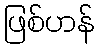
ဖြစ်ဟန်